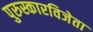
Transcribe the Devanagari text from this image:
पुरुस्कारविजेता